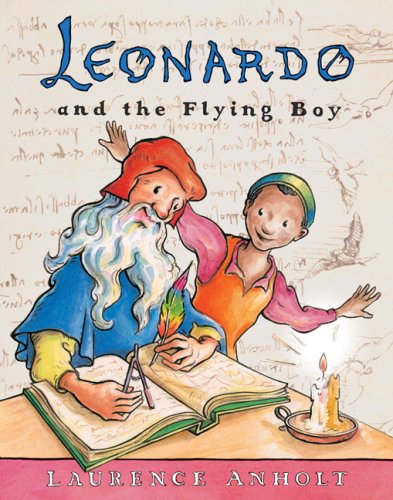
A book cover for Leonardo and the Flying Boy (Anholt's Artists Books For Children); Laurence Anholt; Children's Books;